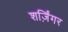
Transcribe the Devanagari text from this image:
शर्ज़िंगर